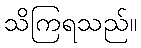
သိကြရသည်။